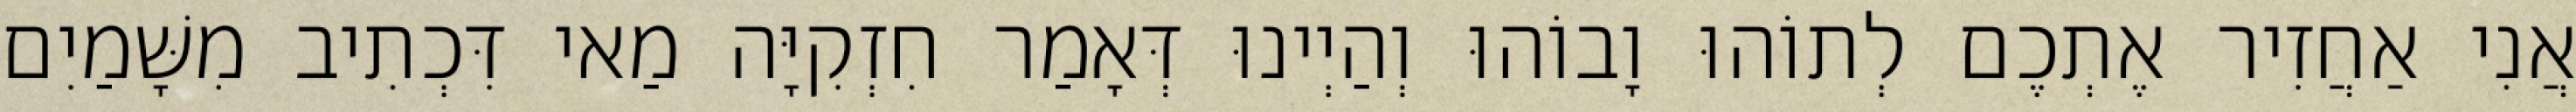
אֲנִי אַחֲזִיר אֶתְכֶם לְתוֹהוּ וָבוֹהוּ וְהַיְינוּ דְּאָמַר חִזְקִיָּה מַאי דִּכְתִיב מִשָּׁמַיִם